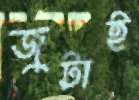
জুটাই